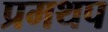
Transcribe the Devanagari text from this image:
प्रमथप